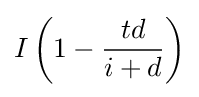
I\left(1-{\frac {td}{i+d}}\right)